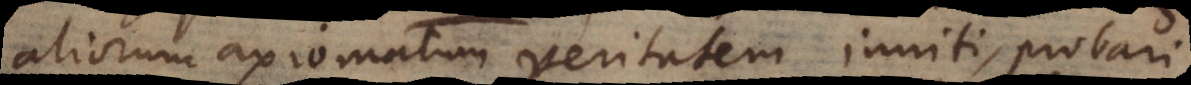
aliorum axiomatum veritatem inniti, probari